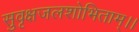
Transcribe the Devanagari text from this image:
सुवृक्षजलशोभिताम्।।